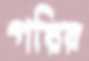
গরির